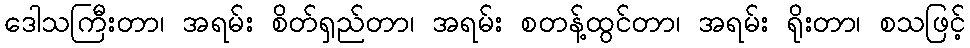
ဒေါသကြီးတာ၊ အရမ်း စိတ်ရှည်တာ၊ အရမ်း စတန့်ထွင်တာ၊ အရမ်း ရိုးတာ၊ စသဖြင့်